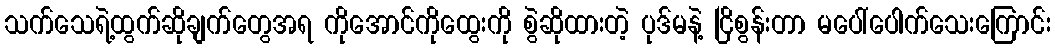
သက်သေရဲ့ထွက်ဆိုချက်တွေအရ ကိုအောင်ကိုထွေးကို စွဲဆိုထားတဲ့ ပုဒ်မနဲ့ ငြိစွန်းတာ မပေါ်ပေါက်သေးကြောင်း